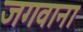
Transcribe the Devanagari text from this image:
जगवाना